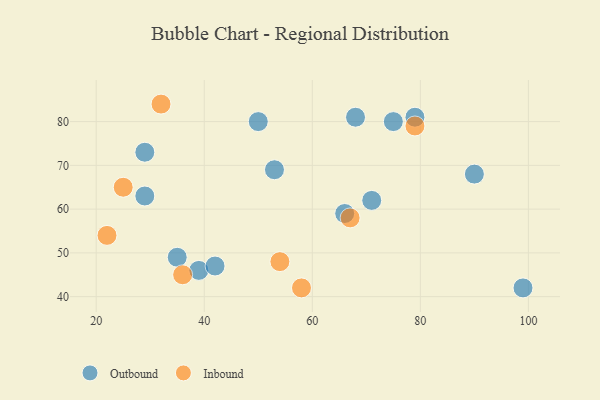
{"axis": {"x": "GDP", "y": "Life Expectancy"}, "legend": ["Inbound", "Outbound"], "data": [{"x": "99", "y": 42, "type": "Outbound"}, {"x": "53", "y": 69, "type": "Outbound"}, {"x": "71", "y": 62, "type": "Outbound"}, {"x": "39", "y": 46, "type": "Outbound"}, {"x": "35", "y": 49, "type": "Outbound"}, {"x": "79", "y": 81, "type": "Outbound"}, {"x": "29", "y": 63, "type": "Outbound"}, {"x": "50", "y": 80, "type": "Outbound"}, {"x": "75", "y": 80, "type": "Outbound"}, {"x": "90", "y": 68, "type": "Outbound"}, {"x": "68", "y": 81, "type": "Outbound"}, {"x": "29", "y": 73, "type": "Outbound"}, {"x": "42", "y": 47, "type": "Outbound"}, {"x": "66", "y": 59, "type": "Outbound"}, {"x": "22", "y": 54, "type": "Inbound"}, {"x": "54", "y": 48, "type": "Inbound"}, {"x": "67", "y": 58, "type": "Inbound"}, {"x": "36", "y": 45, "type": "Inbound"}, {"x": "58", "y": 42, "type": "Inbound"}, {"x": "25", "y": 65, "type": "Inbound"}, {"x": "79", "y": 79, "type": "Inbound"}, {"x": "32", "y": 84, "type": "Inbound"}]}